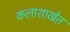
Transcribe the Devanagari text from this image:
कलाशाखेत